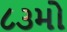
૮૩મો